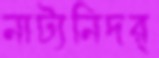
নাট্যনিদর্